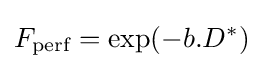
F_{\text{perf}}=\exp(-b.D^{*})